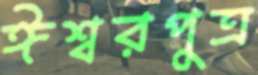
ঈশ্বরপুত্র